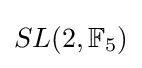
SL(2,\mathbb {F} _{5})